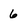
Character: 6